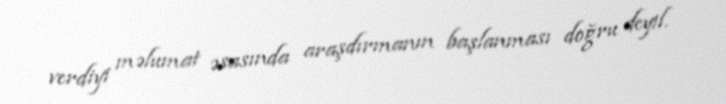
verdiyi məlumat əsasında araşdırmanın başlanması doğru deyil.